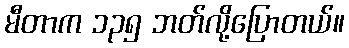
မီတာက ၁၃၅ ဘတ်လို့ပြောတယ်။